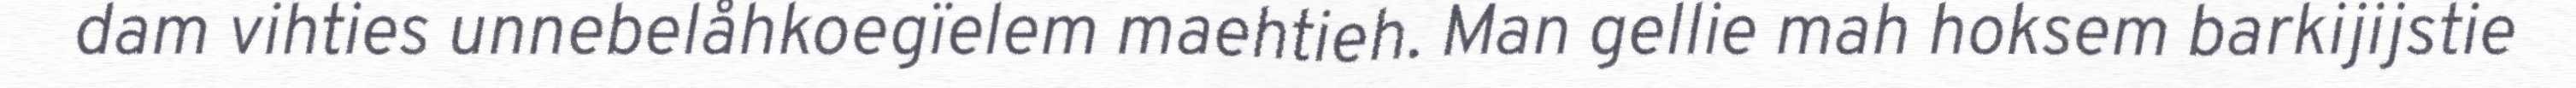
dam vihties unnebelåhkoegïelem maehtieh. Man gellie mah hoksem barkijijstie